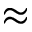
\approx